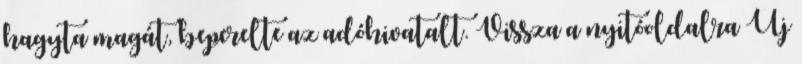
hagyta magát, beperelte az adóhivatalt. Vissza a nyitóoldalra Új